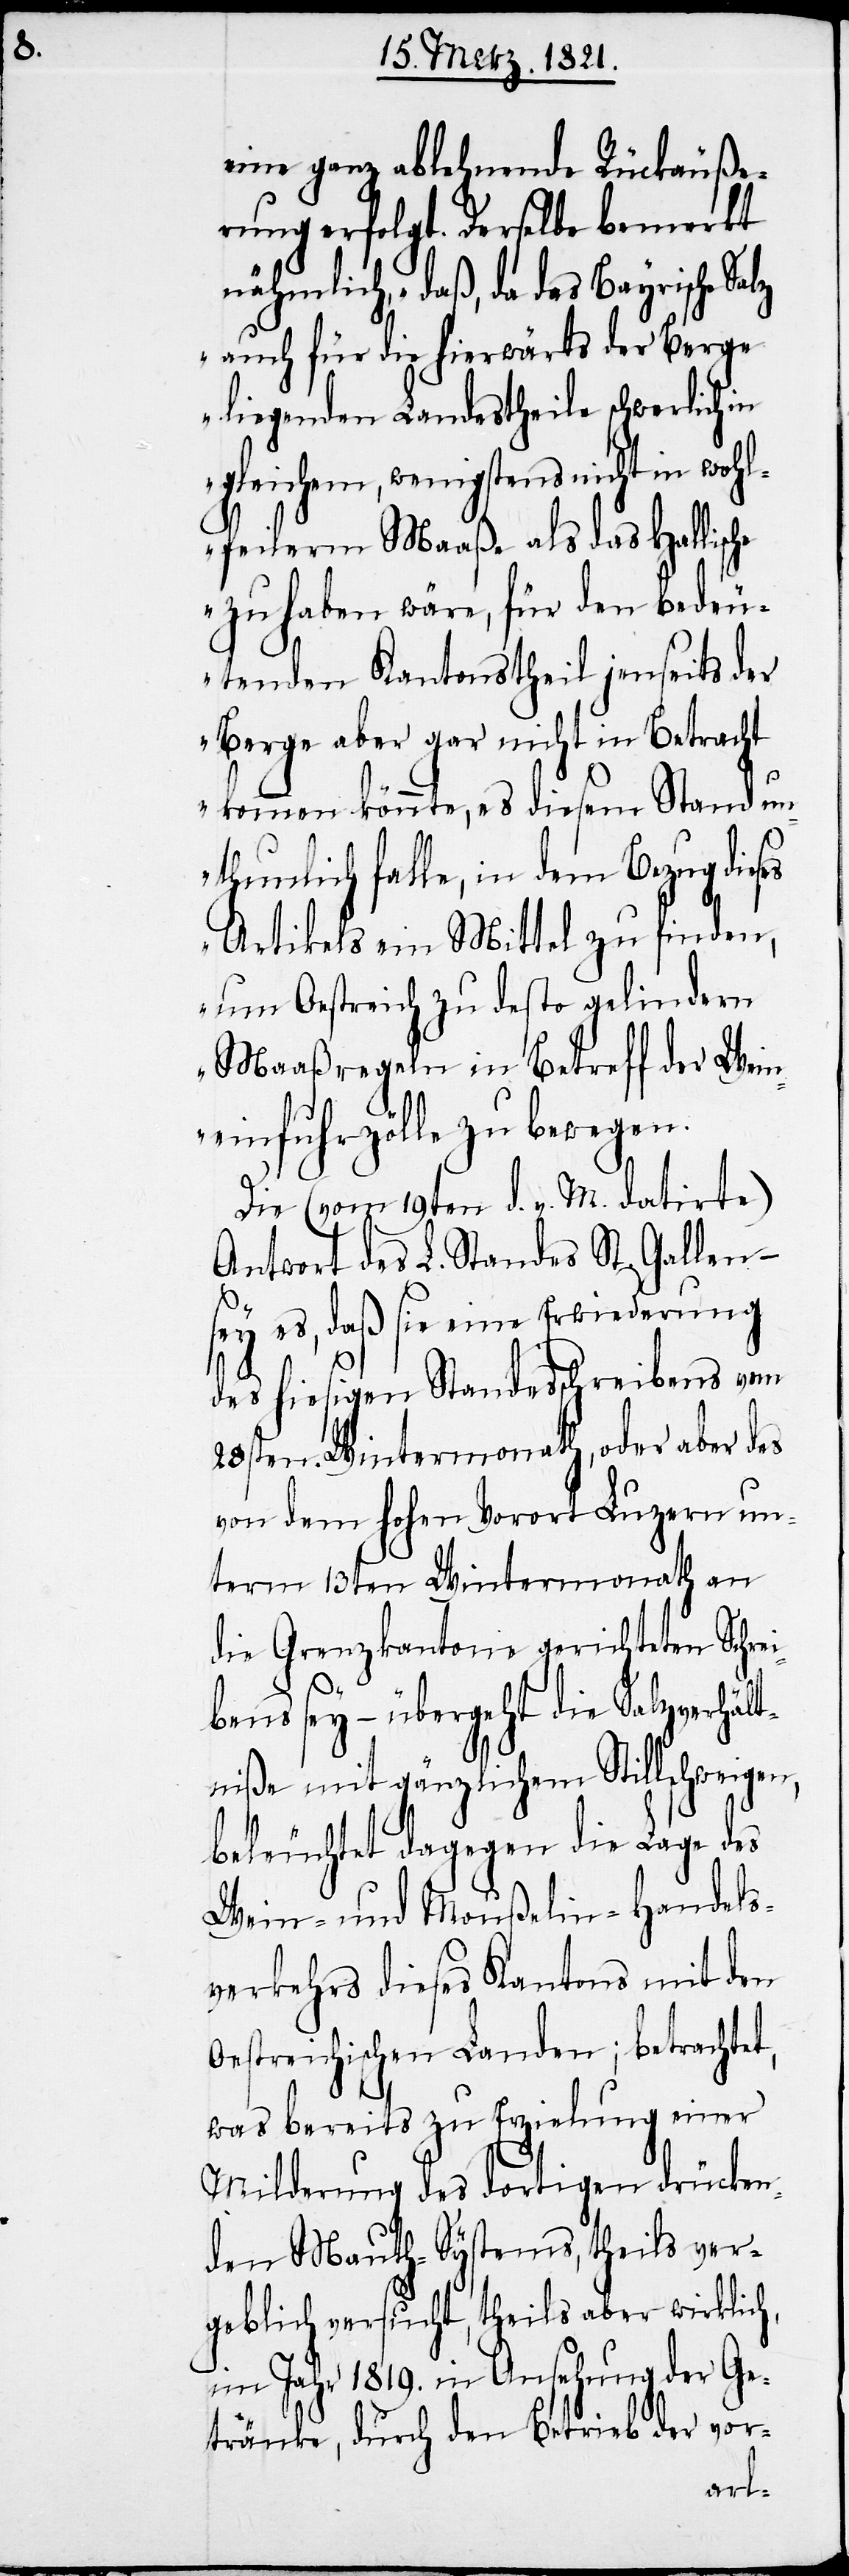
eine ganz ablehnende Rückäuße¬
rung erfolgt. Derselbe bemerkt
nähmlich, „daß, da das Bayrische
auf für die hierwärts der Berge
liegenden Landstheile schwerlich in
gleichem, wenigstens nicht in wohl¬
feilerm Maaße als das Hallische
zu haben wäre, für den bedeu¬
tenden Kantonstheil jenseits der
Berge aber gar nicht in Betracht
kommen könnte, es diesem Stand un¬
thunlich falle, in dem Bezug dieses
Artikels ein Mittel zu finden,
um Oestreich zu desto gelindern
Maaßregeln in Betreff der Wein¬
einfuhrzölle zu bewegen.“
Die (vom 19ten v. M. datirte)
Antwort des L. Standes St. Gallen –
sey es, daß sie eine Erwiederung
des hiesigen Standesschreibens vom
28sten Wintermonath, oder aber des
von dem hohen Vorort Luzern un¬
term 13ten Wintermonath an
die Grenzkantone gerichteten Schre¬
ibens sey – übergeht die Salzverhäl¬
tniße mit gänzlichem Stillschweigen,
beleuchtet dagegen die Lage des
Wein- und Moußelin-Handels¬
verkehrs dieses Kantons mit den
Oestreichischen Landen; betrachtet,
was bereits zu Erzielung einer
Milderung des dortigen drücken¬
den Mauth-Systems, theils aber
im Jahr 1819. in Ansehung der Ge¬
tränke, durch den Betrieb der vor-